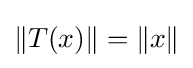
\|T(x)\|=\|x\|